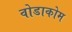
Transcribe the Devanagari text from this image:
वोडाकोम